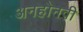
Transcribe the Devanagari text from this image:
अनहोनवी